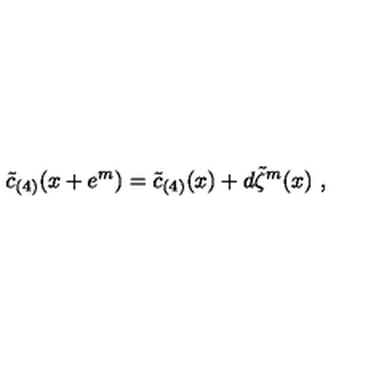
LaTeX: \tilde { c } _ { ( 4 ) } ( x + e ^ { m } ) = \tilde { c } _ { ( 4 ) } ( x ) + d \tilde { \zeta } ^ { m } ( x ) \ ,